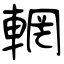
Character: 輞